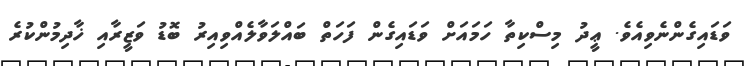
ވަޑައިގެންނެވިއެވެ. ޢީދު މިސްކިތާ ހަމައަށް ވަޑައިގެން ފަހަތް ބައްލަވާލެއްވިއިރު ބޮޑު ވަޒީރާއި ޚާދިމުންކުރެ